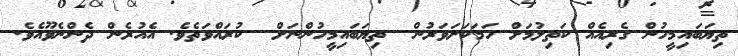
ތިޔަބައިމީހުން ގެރިއެއް ކަތިލުމަށް ހަމަކަށަވަރުން  ތިޔަބައިމީހުންނަށް  ކުރައްވަތެވެ. އެއުރެން ދެންނެވޫއެވެ.